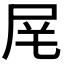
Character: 𪨌